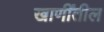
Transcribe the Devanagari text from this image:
खाणींतील